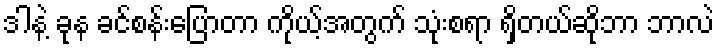
ဒါနဲ့ ခုန ခင်စန်းပြောတာ ကိုယ့်အတွက် သုံးစရာ ရှိတယ်ဆိုဘာ ဘာလဲ